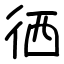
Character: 徆